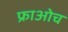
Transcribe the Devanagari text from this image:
फ्राओच